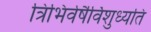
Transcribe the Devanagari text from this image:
त्रिभिर्वर्षैर्विशुध्यति